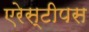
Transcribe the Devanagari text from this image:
एरेस्टीपस